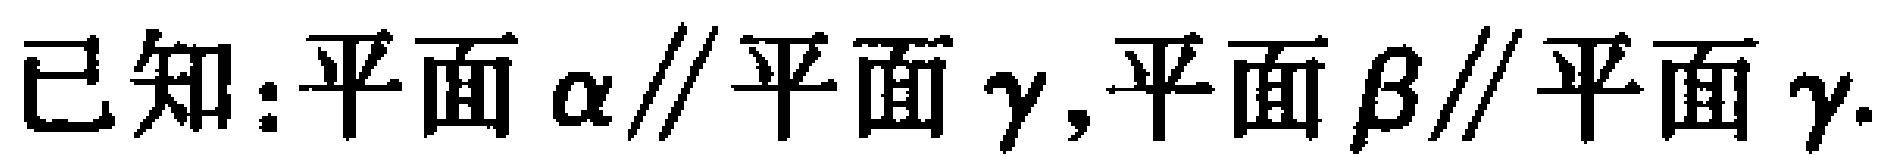
已知：平面\(\alpha\parallel\)平面\(\gamma\)，平面\(\beta\parallel\)平面\(\gamma\).